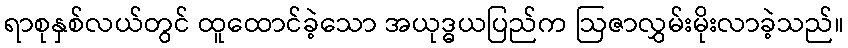
ရာစုနှစ်လယ်တွင် ထူထောင်ခဲ့သော အယုဒ္ဓယပြည်က ဩဇာလွှမ်းမိုးလာခဲ့သည်။